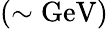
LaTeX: \mathrm{(\sim GeV)}